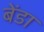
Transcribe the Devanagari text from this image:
बेंडा